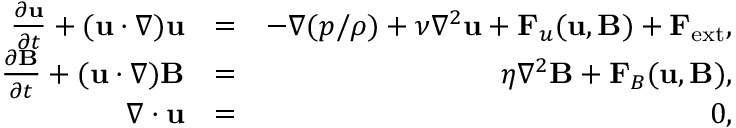
\begin{array} { r l r } { \frac { \partial { \bf u } } { \partial t } + ( { \bf u } \cdot \nabla ) { \bf u } } & { = } & { - \nabla ( { p } / { \rho } ) + \nu \nabla ^ { 2 } { \bf u } + { \bf F } _ { u } ( { \bf u , B } ) + { \bf F } _ { \mathrm { e x t } } , } \\ { \frac { \partial { \bf B } } { \partial t } + ( { \bf u } \cdot \nabla ) { { \bf B } } } & { = } & { \eta \nabla ^ { 2 } { { \bf B } } + { \bf F } _ { B } ( { \bf u , B } ) , } \\ { \nabla \cdot { \bf u } } & { = } & { 0 , } \end{array}